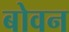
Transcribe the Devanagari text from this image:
बोवन